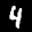
Label: 4